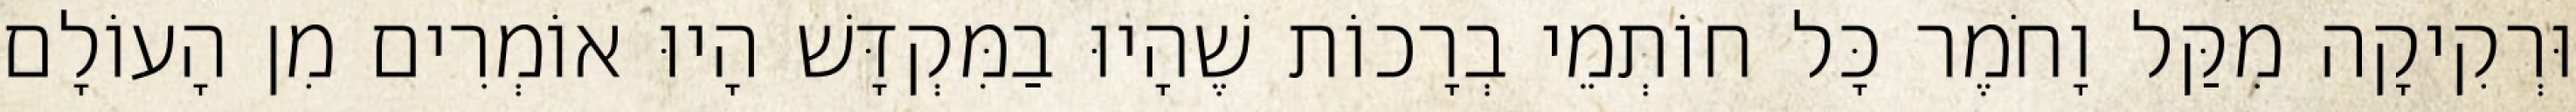
וּרְקִיקָה מִקַּל וָחֹמֶר כָּל חוֹתְמֵי בְרָכוֹת שֶׁהָיוּ בַמִּקְדָּשׁ הָיוּ אוֹמְרִים מִן הָעוֹלָם